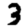
Digit: 3